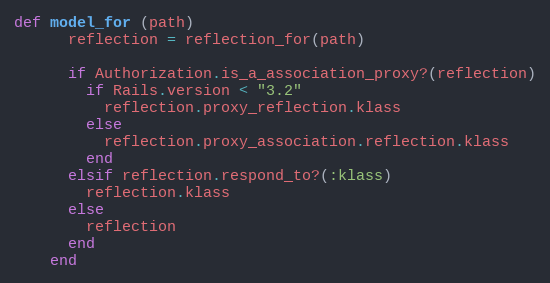
Language: Ruby
def model_for (path)
      reflection = reflection_for(path)

      if Authorization.is_a_association_proxy?(reflection)
        if Rails.version < "3.2"
          reflection.proxy_reflection.klass
        else
          reflection.proxy_association.reflection.klass
        end
      elsif reflection.respond_to?(:klass)
        reflection.klass
      else
        reflection
      end
    end